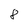
Character: 8